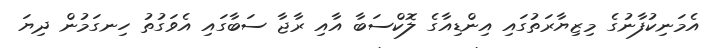
އެމަނިކުފާނުގެ މިޒިޔާރަތުގައި އިންޑިއާގެ ލޮކްސަބާ އާއި ރާޖާ ސަބާގައި އެވަގުތު ހިނގަމުން ދިޔަ